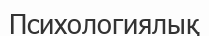
Психологиялық